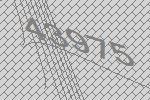
43975